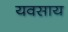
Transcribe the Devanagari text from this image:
यवसाय